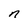
Character: n